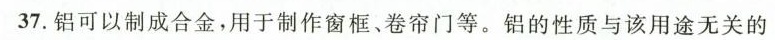
37.铝可以制成合金，用于制作窗框、卷帘门等。铝的性质与该用途无关的